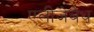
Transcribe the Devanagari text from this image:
एलीजेबेथ